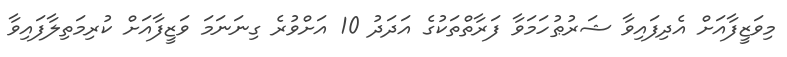
މިވަޒީފާއަށް އެދިފައިވާ ޝަރުޠުހަމަވާ ފަރާތްތަކުގެ އަދަދު 10 އަށްވުރެ ގިނަނަމަ ވަޒީފާއަށް ކުރިމަތިލާފައިވާ